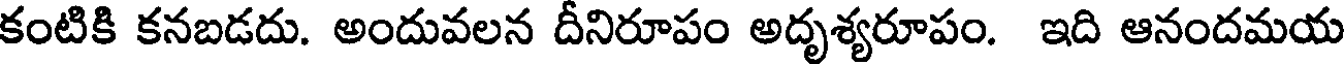
కంటికి కనబడదు. అందువలన దీనిరూపం అదృశ్యరూపం. ఇది ఆనందమయ